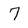
Character: 7